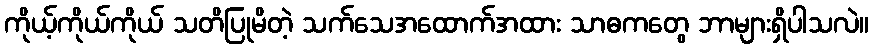
ကိုယ့်ကိုယ်ကိုယ် သတိပြုမိတဲ့ သက်သေအထောက်အထား သာဓကတွေ ဘာများရှိပါသလဲ။